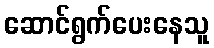
ဆောင်ရွက်ပေးနေသူ